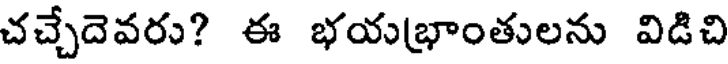
చచ్చేదెవరు? ఈ భయభ్రాంతులను విడిచి